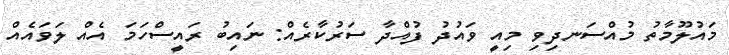
މައުލޫމާތު މުއްސަނދިވި މިއީ ވައުދު ފުއްދާ ސަރުކާރެއް: ނައިބު ރައީސްހަމަ އެއް ލަވައެއް